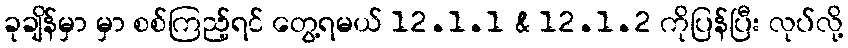
ခုချိန်မှာ မှာ စစ်ကြည့်ရင် တွေ့ရမယ် 12.1.1 & 12.1.2 ကိုပြန်ပြီး လုပ်လို့